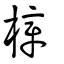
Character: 樟